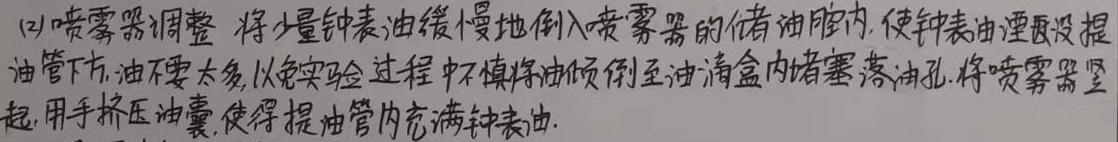
(2) 喷雾器调整：将少量钟表油缓慢地倒入喷雾器的储油腔内，使钟表油湮没提油管下方，油不要太多，以免实验过程中不慎将油倾倒至油滴盒内堵塞落油孔。将喷雾器竖起，用手挤压油囊，使得提油管内充满钟表油。